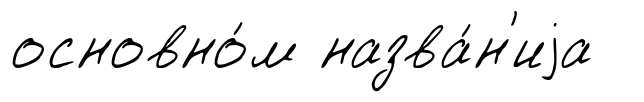
основно́м назва́н'иjа